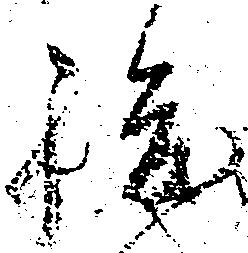
駿